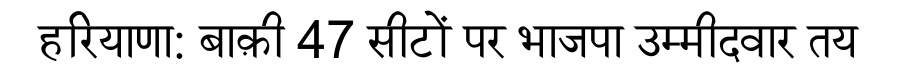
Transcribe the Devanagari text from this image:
हरियाणा: बाक़ी 47 सीटों पर भाजपा उम्मीदवार तय